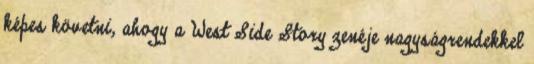
képes követni, ahogy a West Side Story zenéje nagyságrendekkel